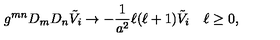
g ^ { m n } D _ { m } D _ { n } \tilde { V } _ { i } \to - \frac { 1 } { a ^ { 2 } } \ell ( \ell + 1 ) \tilde { V } _ { i } \quad \ell \geq 0 ,